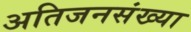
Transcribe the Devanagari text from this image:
अतिजनसंख्या